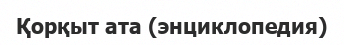
Қорқыт ата (энциклопедия)